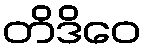
တိဒိဝေ